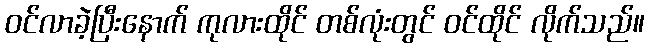
ဝင်လာခဲ့ပြီးနောက် ကုလားထိုင် တစ်လုံးတွင် ဝင်ထိုင် လိုက်သည်။